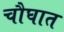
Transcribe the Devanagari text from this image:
चौघात